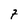
Character: 7